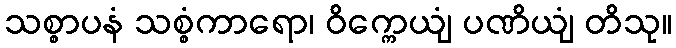
သစ္စာပနံ သစ္စံကာရော၊ ဝိက္ကေယျံ ပဏိယျံ တိသု။